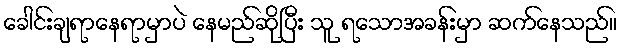
ခေါင်းချရာနေရာမှာပဲ နေမည်ဆိုပြီး သူ ရသောအခန်းမှာ ဆက်နေသည်။